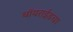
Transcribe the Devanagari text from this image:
थॉयराईडचा